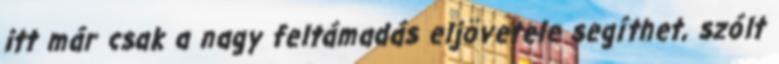
itt már csak a nagy feltámadás eljövetele segíthet, szólt